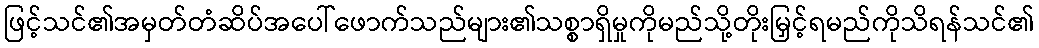
ဖြင့်သင်၏အမှတ်တံဆိပ်အပေါ်ဖောက်သည်များ၏သစ္စာရှိမှုကိုမည်သို့တိုးမြှင့်ရမည်ကိုသိရန်သင်၏